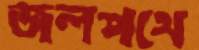
জলপথে